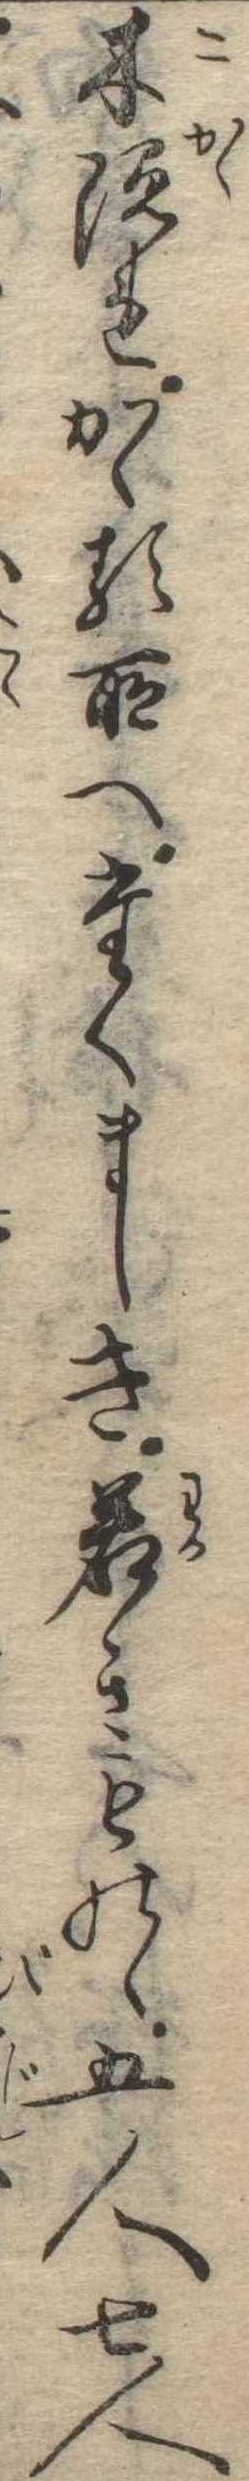
木隠れかゝる所へたくましき若きものゝ五人七人